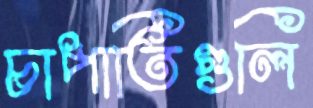
চাপাতিগুলি